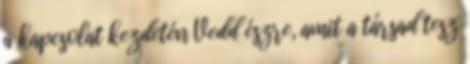
a kapcsolat kezdetén Vedd észre, amit a társad tesz